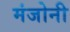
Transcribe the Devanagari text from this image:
मंजोनी